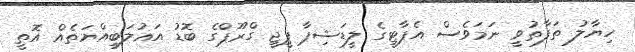
ހިޔާލު ތަފާތުވީ ނަމަވެސް އެޕާޓީގެ ލީޑަޝިޕާ ޕީޖީ ގްރޫޕްގެ ބޮޑު އަޣުލަބިއްޔަތެއް އޮތީ